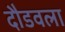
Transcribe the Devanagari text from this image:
दौडवला